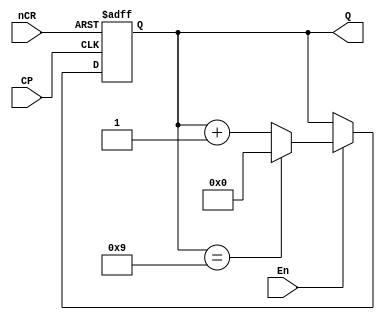
`timescale 1ns / 1ps
//////////////////////////////////////////////////////////////////////////////////
// Company: 
// Engineer: 
// 
// Design Name: 
// Module Name: Counter10
// Project Name: 
// Target Devices: 
// Tool Versions: 
// Description: 
// 
// Dependencies: 
// 
// Revision:
// Revision 0.01 - File Created
// Additional Comments:
// 
//////////////////////////////////////////////////////////////////////////////////


module Counter10(
    input CP,nCR,En,
    output reg [3:0] Q
    );
    initial 
        begin
            Q <= 4'b0000;
        end
    always @ (posedge CP or negedge nCR) 
        begin
            if(~nCR)    
                Q <= 4'b0000;
            else if(~En)    
                Q <= Q;
            else if(Q == 4'b1001)    
                 Q <= 4'b0000;
            else    
                Q <= Q + 1'b1;
        end
endmodule